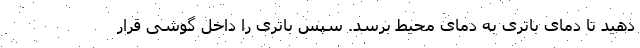
دهید تا دمای باتری به دمای محیط برسد. سپس باتری را داخل گوشی قرار